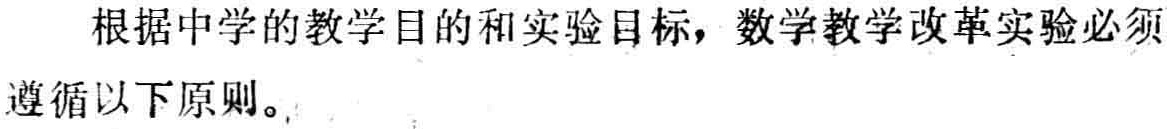
根据中学的教学目的和实验目标，数学教学改革实验必须遵循以下原则。